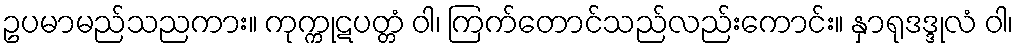
ဥပမာမည်သညကား။ ကုက္ကုဋပတ္တံ ဝါ၊ ကြက်တောင်သည်လည်းကောင်း။ နှာရုဒဒ္ဒုလံ ဝါ၊